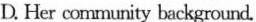
D. Her community background.